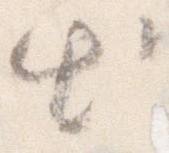
出